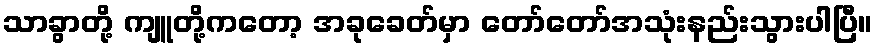
သာခွာတို့ ကျူတို့ကတော့ အခုခေတ်မှာ တော်တော်အသုံးနည်းသွားပါပြီ။